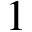
1